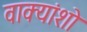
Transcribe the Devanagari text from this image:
वाक्यांशो